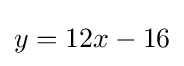
y=12x-16